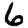
Digit: 6